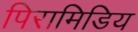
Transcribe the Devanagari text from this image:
पिरामिडिय